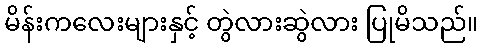
မိန်းကလေးများနှင့် တွဲလားဆွဲလား ပြုမိသည်။